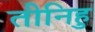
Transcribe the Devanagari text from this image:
तीनिहु